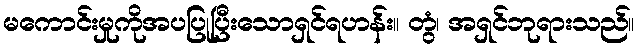
မကောင်းမှုကိုအပပြုပြီးသောရှင်ရဟန်း။ တွံ၊ အရှင်ဘုရားသည်။